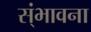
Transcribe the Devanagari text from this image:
स्ंभावना